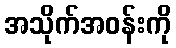
အသိုက်အဝန်းကို